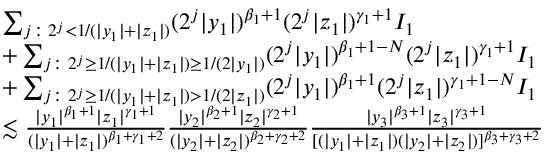
\begin{array} { r l } & { \sum _ { j \colon 2 ^ { j } < 1 / ( | y _ { 1 } | + | z _ { 1 } | ) } ( 2 ^ { j } | y _ { 1 } | ) ^ { \beta _ { 1 } + 1 } ( 2 ^ { j } | z _ { 1 } | ) ^ { \gamma _ { 1 } + 1 } I _ { 1 } } \\ & { + \sum _ { j \colon 2 ^ { j } \ge 1 / ( | y _ { 1 } | + | z _ { 1 } | ) \ge 1 / { ( 2 | y _ { 1 } | ) } } ( 2 ^ { j } | y _ { 1 } | ) ^ { \beta _ { 1 } + 1 - N } ( 2 ^ { j } | z _ { 1 } | ) ^ { \gamma _ { 1 } + 1 } I _ { 1 } } \\ & { + \sum _ { j \colon 2 ^ { j } \ge 1 / ( | y _ { 1 } | + | z _ { 1 } | ) > 1 / { ( 2 | z _ { 1 } | ) } } ( 2 ^ { j } | y _ { 1 } | ) ^ { \beta _ { 1 } + 1 } ( 2 ^ { j } | z _ { 1 } | ) ^ { \gamma _ { 1 } + 1 - N } I _ { 1 } } \\ & { \lesssim \frac { | y _ { 1 } | ^ { \beta _ { 1 } + 1 } | z _ { 1 } | ^ { \gamma _ { 1 } + 1 } } { ( | y _ { 1 } | + | z _ { 1 } | ) ^ { \beta _ { 1 } + \gamma _ { 1 } + 2 } } \frac { | y _ { 2 } | ^ { \beta _ { 2 } + 1 } | z _ { 2 } | ^ { \gamma _ { 2 } + 1 } } { ( | y _ { 2 } | + | z _ { 2 } | ) ^ { \beta _ { 2 } + \gamma _ { 2 } + 2 } } \frac { | y _ { 3 } | ^ { \beta _ { 3 } + 1 } | z _ { 3 } | ^ { \gamma _ { 3 } + 1 } } { [ ( | y _ { 1 } | + | z _ { 1 } | ) ( | y _ { 2 } | + | z _ { 2 } | ) ] ^ { \beta _ { 3 } + \gamma _ { 3 } + 2 } } } \end{array}